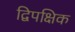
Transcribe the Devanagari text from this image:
द्विपक्षिक